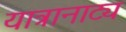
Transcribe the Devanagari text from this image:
यात्रानाट्य